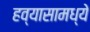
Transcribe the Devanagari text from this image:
हव्यासामध्ये